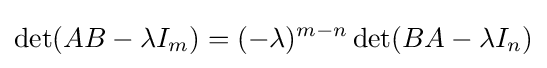
\det(AB-\lambda I_{m})=(-\lambda )^{m-n}\det(BA-\lambda I_{n})